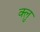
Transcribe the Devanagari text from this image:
क्लु